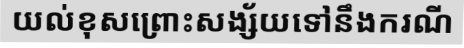
យល់ខុសព្រោះសង្ស័យទៅនឹងករណី